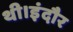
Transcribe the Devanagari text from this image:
थी।इंदौर